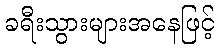
ခရီးသွားများအနေဖြင့်